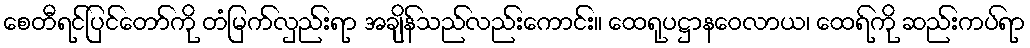
စေတီရင်ပြင်တော်ကို တံမြက်လှည်းရာ အချိန်သည်လည်းကောင်း။ ထေရုပဋ္ဌာနဝေလာယ၊ ထေရ်ကို ဆည်းကပ်ရာ